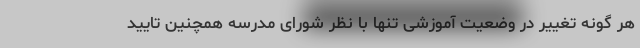
هر گونه تغییر در وضعیت آموزشی تنها با نظر شورای مدرسه همچنین تایید